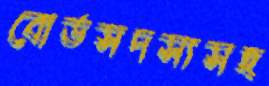
বোর্ডসদস্যসহ